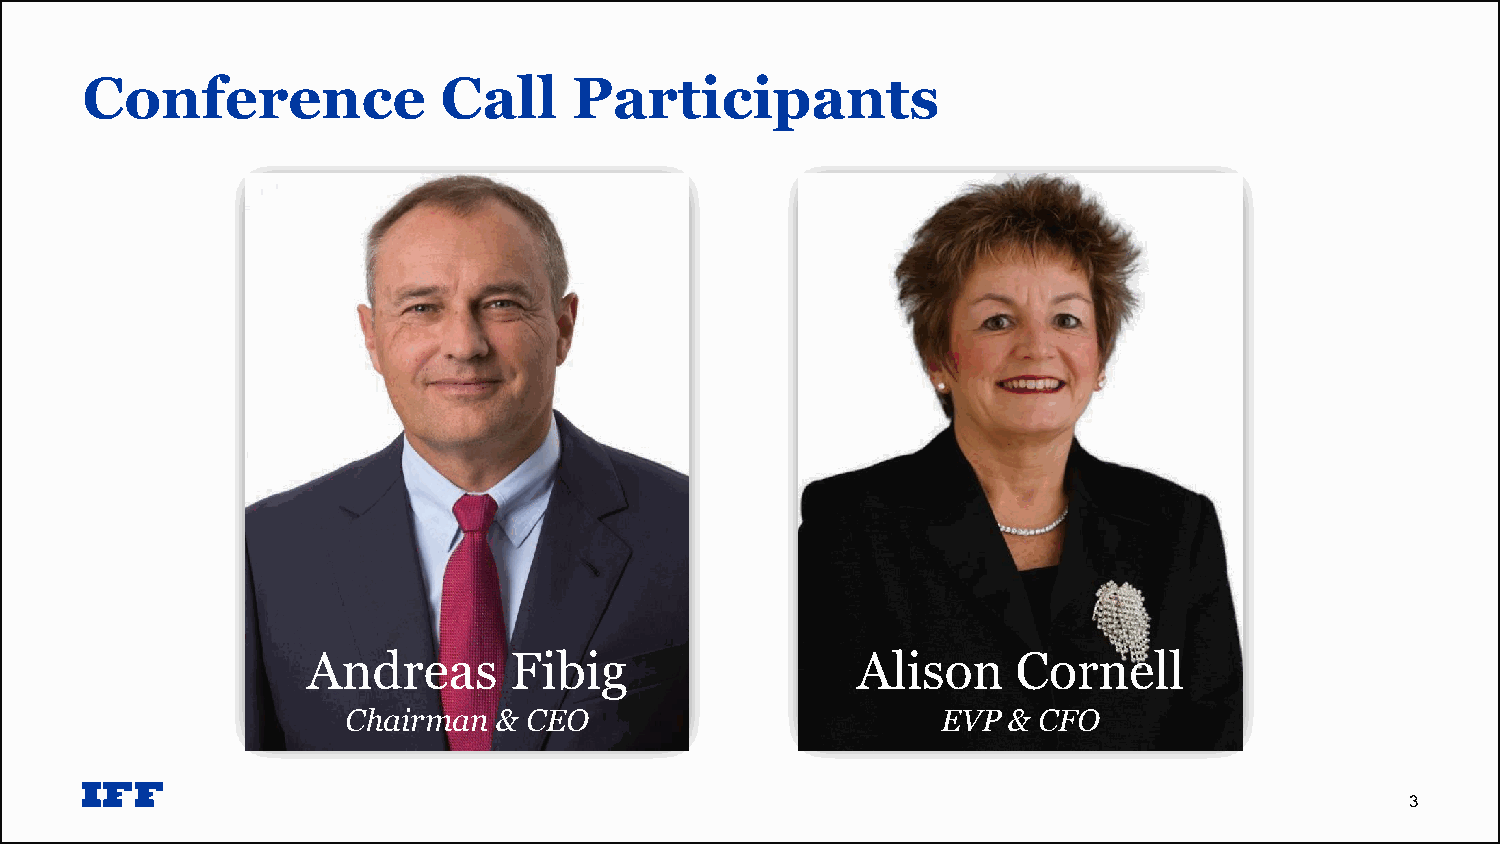
Conference              Call     Participants
 Andreas       Fibig                  Alison    Cornell
 Chairman  & CEO                        EVP  & CFO
 3